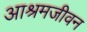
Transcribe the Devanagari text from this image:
आश्रमजीवन